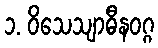
၁. ဝိသေသျာဓီနဝဂ္ဂ